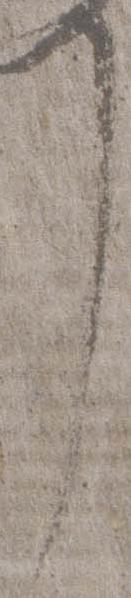
了